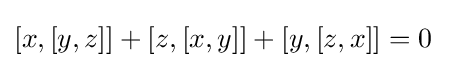
[x,[y,z]]+[z,[x,y]]+[y,[z,x]]=0\